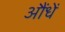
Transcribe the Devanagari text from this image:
औंधें